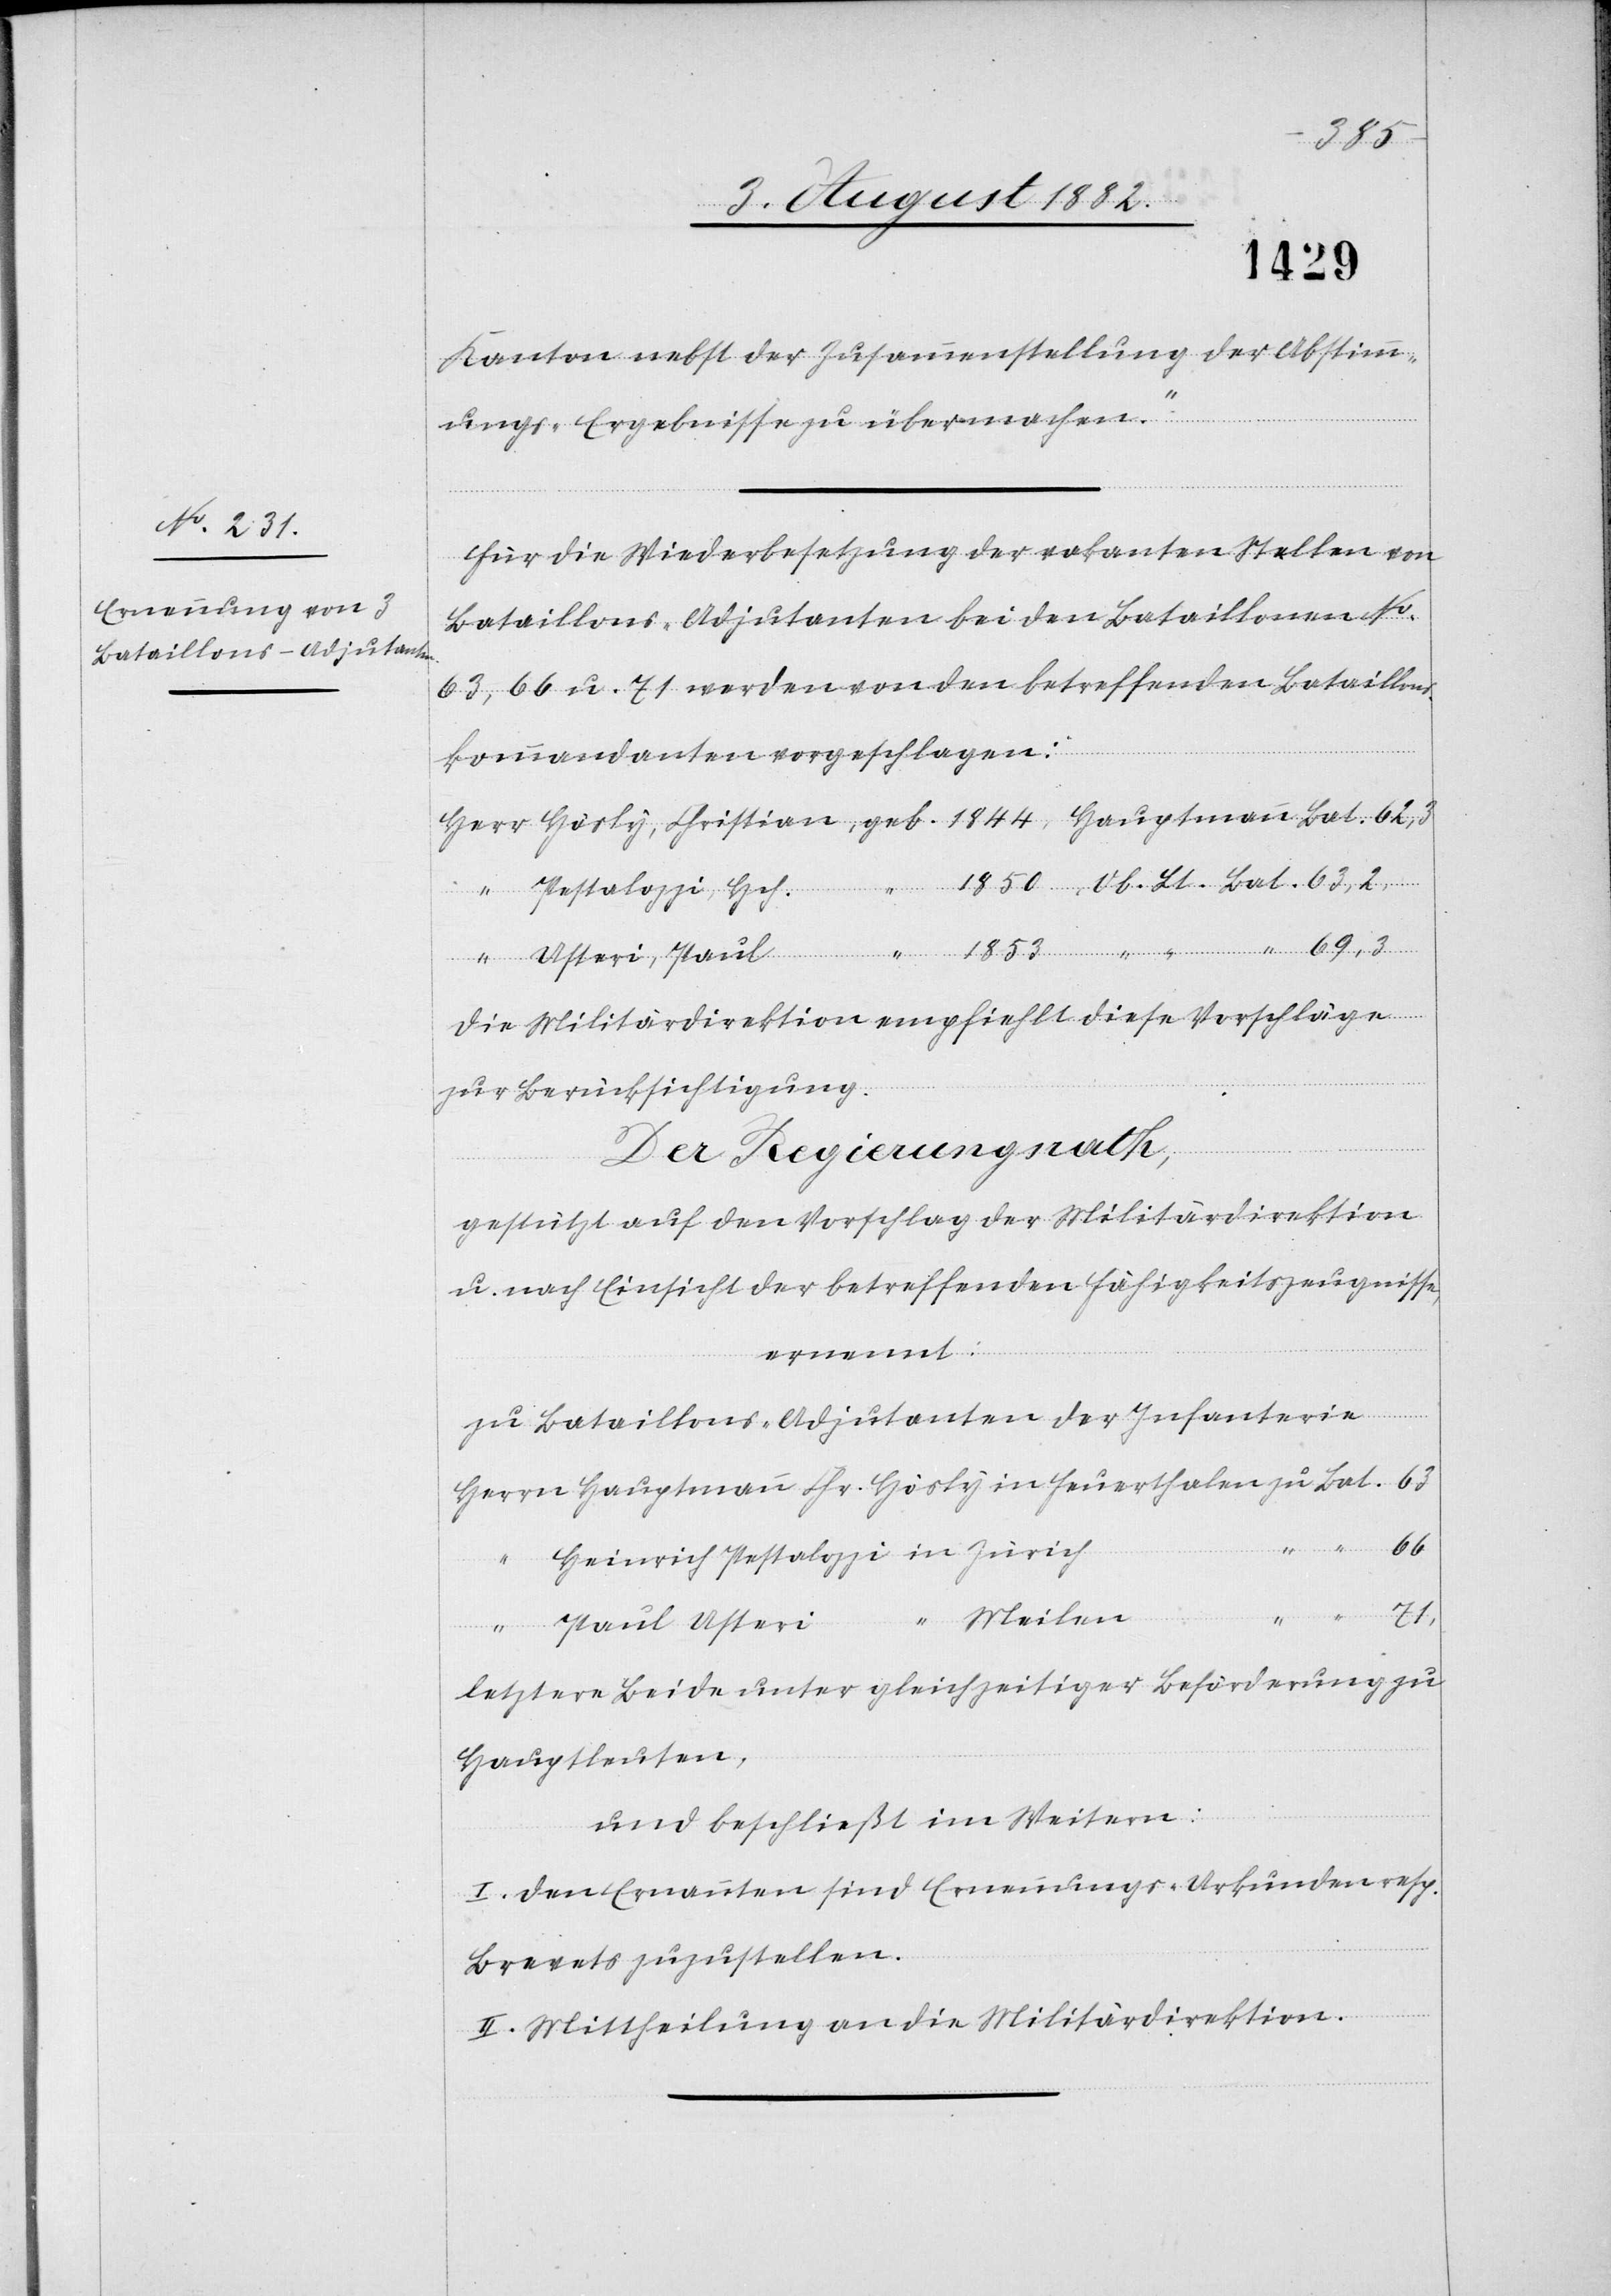
1853
1850
Kanton nebst der Zusammenstellung der Abstimm¬
ungs-Ergebnisse zu übermachen.“
Für die Wiederbesetzung der vakanten Stellen von
Bataillons-Adjutanten bei den Bataillonen No
63, 66 u. 71 werden von den betreffenden Bataillons¬
kommandanten vorgeschlagen:
Hösly in
Meilen
Pestalozzi, Hch.
Die Militärdirektion empfiehlt diese Vorschläge
zur Berücksichtigung.
Der Regierungsrath,
gestützt auf den Vorschlag der Militärdirektion
u. nach Einsicht der betreffenden Fähigkeitszeugnisse,
Herrn
ernennt:
zu Bataillons-Adjutanten der Infanterie
Usteri
Bat.
66
in
Heinrich Pesta¬
Paul
1844,
letztere Beide unter gleichzeitiger Beförderung zu
Hauptleuten,
und beschließt im Weitern:
I. Den Ernannten sind Ernennungs-Urkunden resp.
Brevets zuzustellen.
II. Mittheilung an die Militärdirektion.